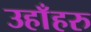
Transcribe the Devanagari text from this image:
उहाँहरु